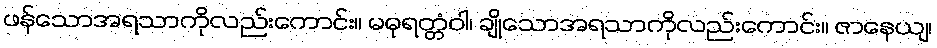
ဖန်သောအရသာကိုလည်းကောင်း။ မဓုရတ္တံဝါ၊ ချိုသောအရသာကိုလည်းကောင်း။ ဇာနေယျ၊